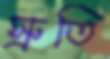
স্রুতি